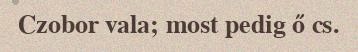
Czobor vala; most pedig ő cs.